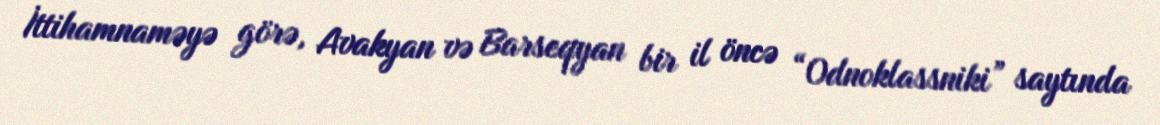
İttihamnaməyə görə, Avakyan və Barseqyan bir il öncə “Odnoklassniki” saytında